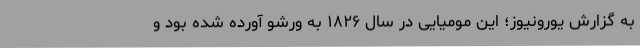
به گزارش یورونیوز؛ این مومیایی در سال ۱۸۲۶ به ورشو آورده شده بود و